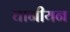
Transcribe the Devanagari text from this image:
घानीयन